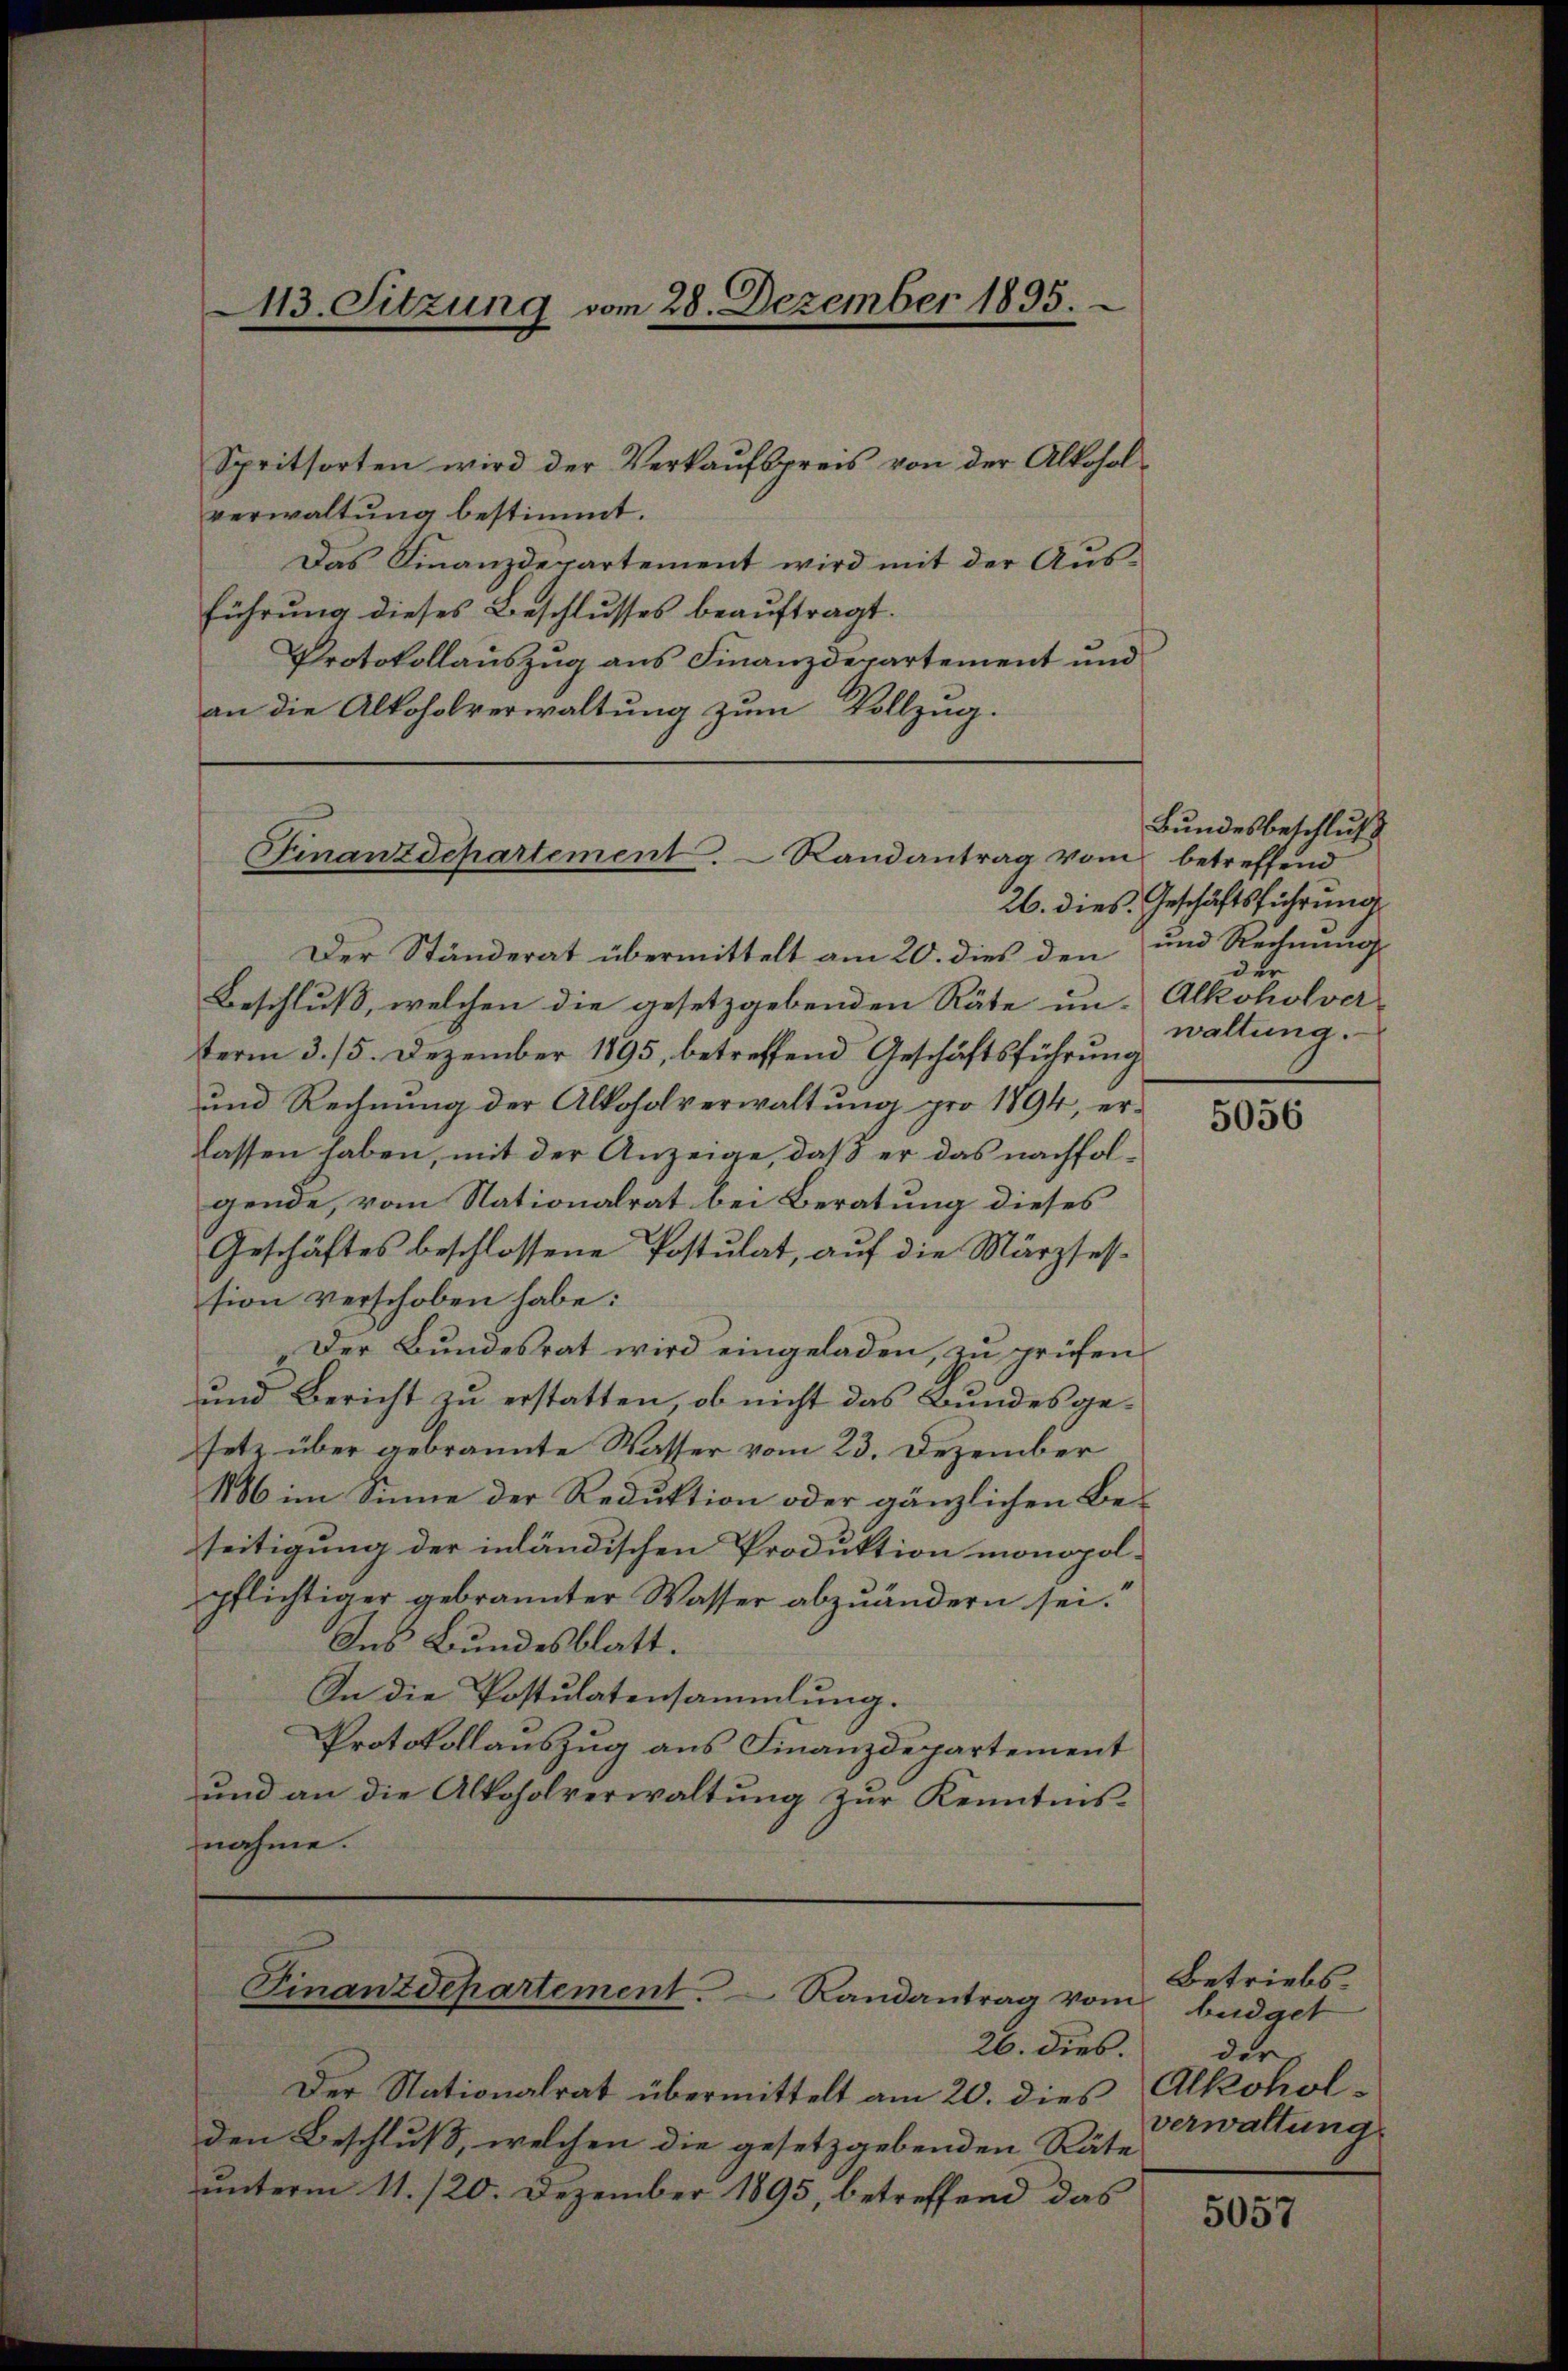
Spritsorten wird der Verkaufspreis von der Alkoholverwaltung bestimmt.
Das Finanzdepartement wird mit der Ausführung dieses Beschlusses beauftragt.
Protokollauszug aus Finanzdepartement und
an die Alkoholverwaltung zum Vollzug.

113. Sitzung vom 28. Dezember 1895.

Finanzdchartement. Randantrag vom betreffend

Der Ständerat übermittelt am 20. dies den
Beschluß, welchen die gesetzgebenden Räte un-Alkoholver-
term 3. 15. Dezember 1895, betreffend Geschäftsführung
und Rechnung der Alkoholverwaltung pro 1894, erlassen haben, mit der Anzeige, daß er das nachfolgende, vom Nationalrat bei Beratung dieses
Geschäftes beschlossene Postulat, auf die Märzfession verschoben habe:
Der Bundesrat wird eingeladen, zu prüfen
und Bericht zu erstatten, ob nicht das Bundesgesetz über gebrannte Wasser vom 23. Dezember
1886 im Sinne der Reduktion oder gänzlichen Beseitigung der inländischen Produktion monopolpflichtiger gebrannter Wasser abzuändern sei.
Ins Bundesblatt.
In die Postulatensammlung.
Protokollauszug aus Finanzdepartement
und an die Alkoholverwaltung zur Kenntnisnahme.

Finanzdepartement. Randantrag vom büdget

26. dies.
Der Nationalrat übermittelt am 20. dies Alkohol-
den Beschluß, welchen die gesetzgebenden Räte
unterm 11./20. Dezember 1895, betreffend das

Bundesbeschluß
26. dies Geschäftsführung
und Rechnung
der
waltung.

5056

Betriebs
ders
verwaltung

5057